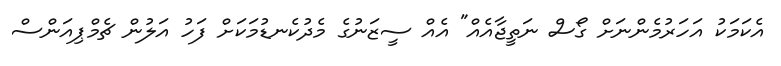
އެކަމަކު އަހަރުމެންނަށް ގޯސް ނަތީޖާއެއް" އެއް ސީޒަނުގެ މެދުކެނޑުމަކަށް ފަހު އަލުން ޗެމްޕިއަންސް